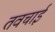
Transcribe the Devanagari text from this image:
तवचाई